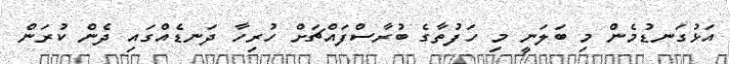
އަޅުގަނޑުމެން މި ބަލަނީ މި ހަފުތާގެ ބުރާސްފައްޗަށް ހުރިހާ ދަނޑެއްގައި ދެން ކުރަން